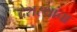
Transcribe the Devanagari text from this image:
देशस्थांचा